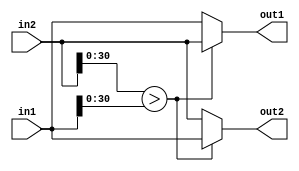
module Swap(input [31:0]in1, input [31:0]in2, output reg [31:0]out1, output reg [31:0]out2);

    always @*
    begin
        if(in2[30:0]>in1[30:0])
        begin
            out2 = in1;
            out1 = in2;
        end
        else
        begin
            out1 = in1;
            out2 = in2;
        end
    end

endmodule